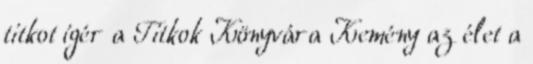
titkot ígér a Titkok Könyvára Kemény az élet a